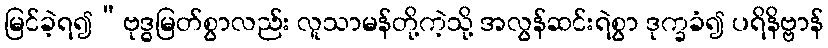
မြင်ခဲ့ရ၍”ဗုဒ္ဓမြတ်စွာလည်း လူသာမန်တို့ကဲ့သို့ အလွန်ဆင်းရဲစွာ ဒုက္ခခံ၍ ပရိနိဗ္ဗာန်